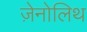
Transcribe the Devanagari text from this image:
ज़ेनोलिथ